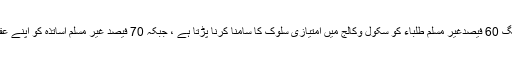
اس رپورٹ میں انکشاف کیا گیا ہے کہ لگ بھگ 60 فیصدغیر مسلم طلباء کو سکول وکالج میں امتیازی سلوک کا سامنا کرنا پڑتا ہے ، جبکہ 70 فیصد غیر مسلم اساتذہ کو اپنے عقیدے کی بنیاد پر امتیازی سلوک کا سامنا ہے ۔